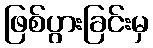
ဖြစ်ပွားခြင်းမှ